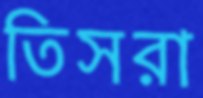
তিসরা